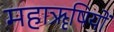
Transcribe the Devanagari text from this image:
महाॠषियों